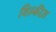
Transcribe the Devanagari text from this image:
विल्कीज़